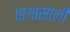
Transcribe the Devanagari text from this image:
१९७९साली